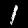
Label: 1